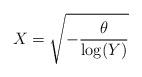
LaTeX: \begin{align*}X= \sqrt{ -\frac{\theta}{\log (Y)}}\end{align*}